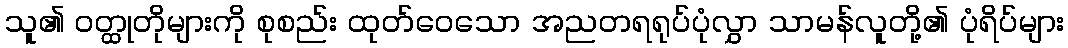
သူ၏ ဝတ္ထုတိုများကို စုစည်း ထုတ်ဝေသော အညတရရုပ်ပုံလွှာ သာမန်လူတို့၏ ပုံရိပ်များ